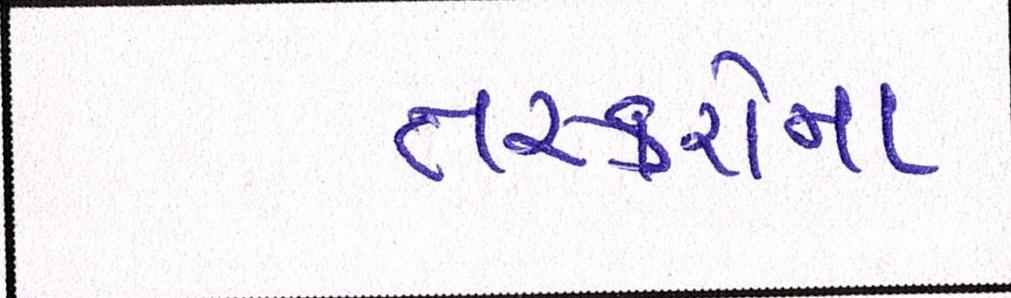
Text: તસ્કરોના